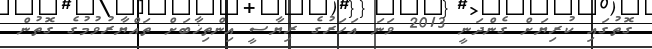
ގޮތުގައި ކުރިޔަށް ގެންދަނީ 2013 ވަނަ އަހަރުގެ ރިޔާސީ އިންތިޚާބަށް ތައްޔާރުވުމުގެ ގޮތުން